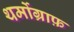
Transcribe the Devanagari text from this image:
थर्मोग्राफ़